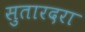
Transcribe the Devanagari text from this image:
सुतारदरा